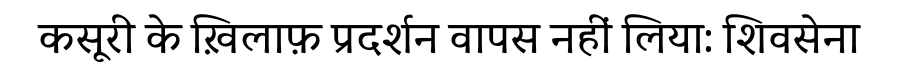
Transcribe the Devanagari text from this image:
कसूरी के ख़िलाफ़ प्रदर्शन वापस नहीं लिया: शिवसेना